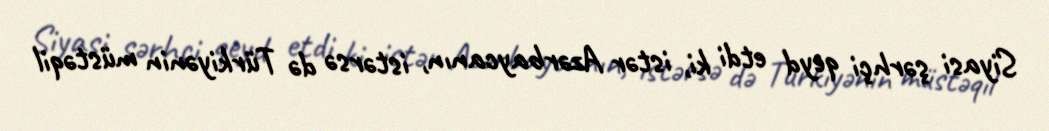
Siyasi şərhçi qeyd etdi ki, istər Azərbaycanın, istərsə də Türkiyənin müstəqil